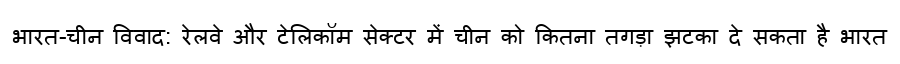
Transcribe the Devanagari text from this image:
भारत-चीन विवाद: रेलवे और टेलिकॉम सेक्टर में चीन को कितना तगड़ा झटका दे सकता है भारत